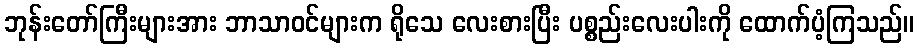
ဘုန်းတော်ကြီးများအား ဘာသာဝင်များက ရိုသေ လေးစားပြီး ပစ္စည်းလေးပါးကို ထောက်ပံ့ကြသည်။